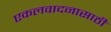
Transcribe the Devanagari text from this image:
एकलवादनासाठी